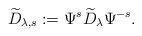
LaTeX: \begin{align*}\widetilde D_{\lambda,s}:=\Psi^s\widetilde D_\lambda \Psi^{-s}.\end{align*}